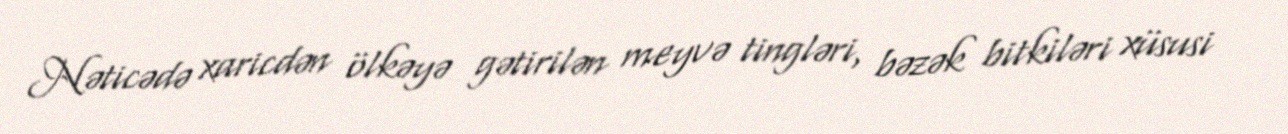
Nəticədə xaricdən ölkəyə gətirilən meyvə tingləri, bəzək bitkiləri xüsusi